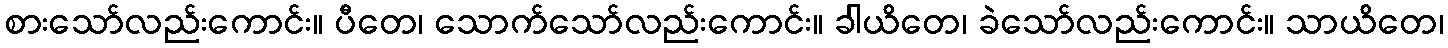
စားသော်လည်းကောင်း။ ပီတေ၊ သောက်သော်လည်းကောင်း။ ခါယိတေ၊ ခဲသော်လည်းကောင်း။ သာယိတေ၊